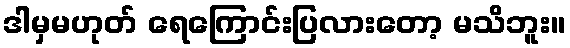
ဒါမှမဟုတ် ရေကြောင်းပြလားတော့ မသိဘူး။